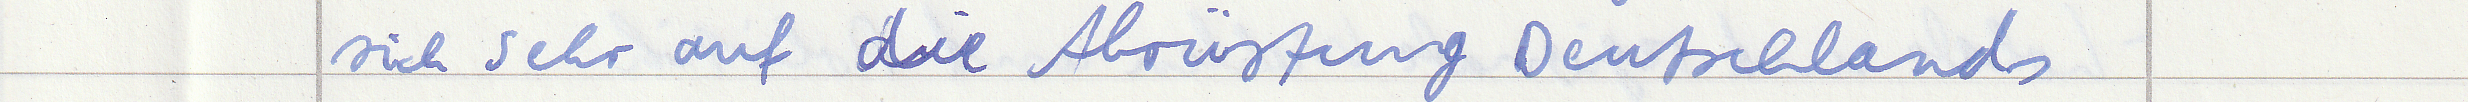
sich sehr auf die Abrüstung Deutschlands